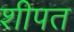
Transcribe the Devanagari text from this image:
शीपत